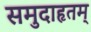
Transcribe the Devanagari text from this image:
समुदाहृतम्